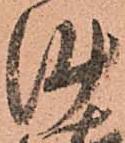
沙